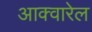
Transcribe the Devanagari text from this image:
आक्वारेल